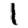
Digit: 1